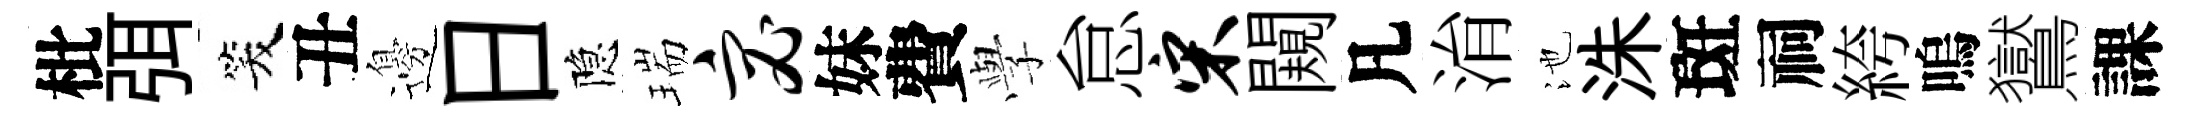
枇弭笑丑邊日隐瑞宓妹費𫝯怠宋闚凡㳙池洙斑祠絝嗚鸑課